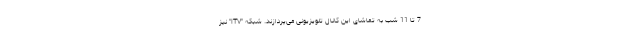
7 تا 11 شب به تماشای این کانال تلویزیونی می‌‌پردازند. شبکه "ITV" نیز